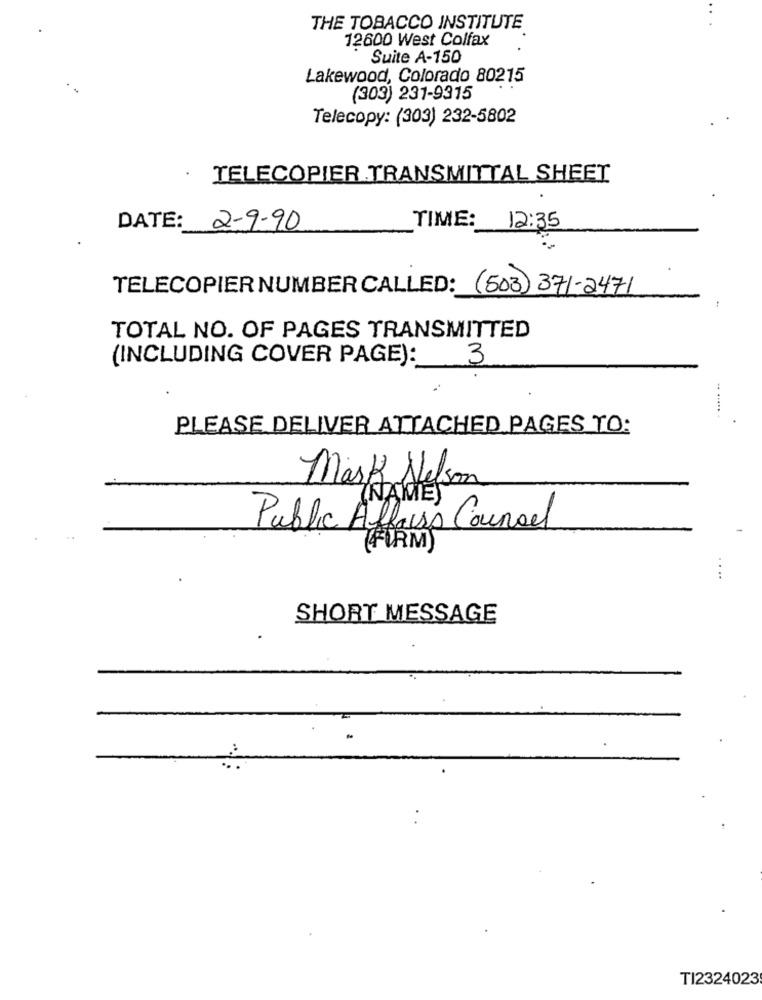
THE TOBACCO INSTITUTE
12600 West Colfax
Suite A-150
Lakewood, Colorado 80215
(303) 231-9315
Telecopy: (303) 232-5802
TELECOPIER TRANSMITTAL SHEET
DATE: 2-9-90
TIME: 12:35
TELECOPIER NUMBER CALLED: (503)371-2471
TOTAL NO. OF PAGES TRANSMITTED
(INCLUDING COVER PAGE): 3
PLEASE DELIVER ATTACHED PAGES TO:
Mark Nelson
Public Affairs Counsel
(FIRM)
SHORT MESSAGE
TI2324023